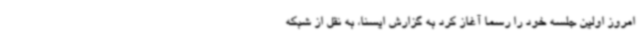
امروز اولین جلسه خود را رسما آغاز کرد به گزارش ایسنا، به نقل از شبکه